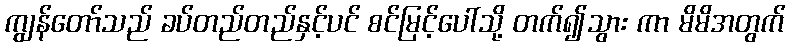
ကျွန်တော်သည် ခပ်တည်တည်နှင့်ပင် စင်မြင့်ပေါ်သို့ တက်၍သွား ကာ မိမိအတွက်